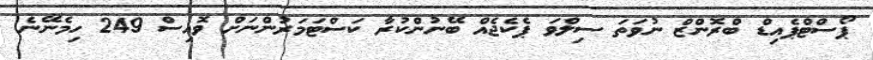
ޕޯސްޓްޕެއިޑް ބްރޮންޒް ނުވަތަ ސިލްވަ ޕެކެޖެއް ބޭނުންކުރާ ކަސްޓަމަރުންނަށް ވޮއިސް 249 ހިމެނޭނެ